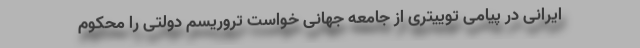
ایرانی در پیامی توییتری از جامعه جهانی خواست تروریسم دولتی را محکوم